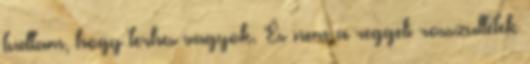
tudtam, hogy terhes vagyok. És nem a reggeli rosszullétek